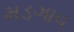
મડગાવ